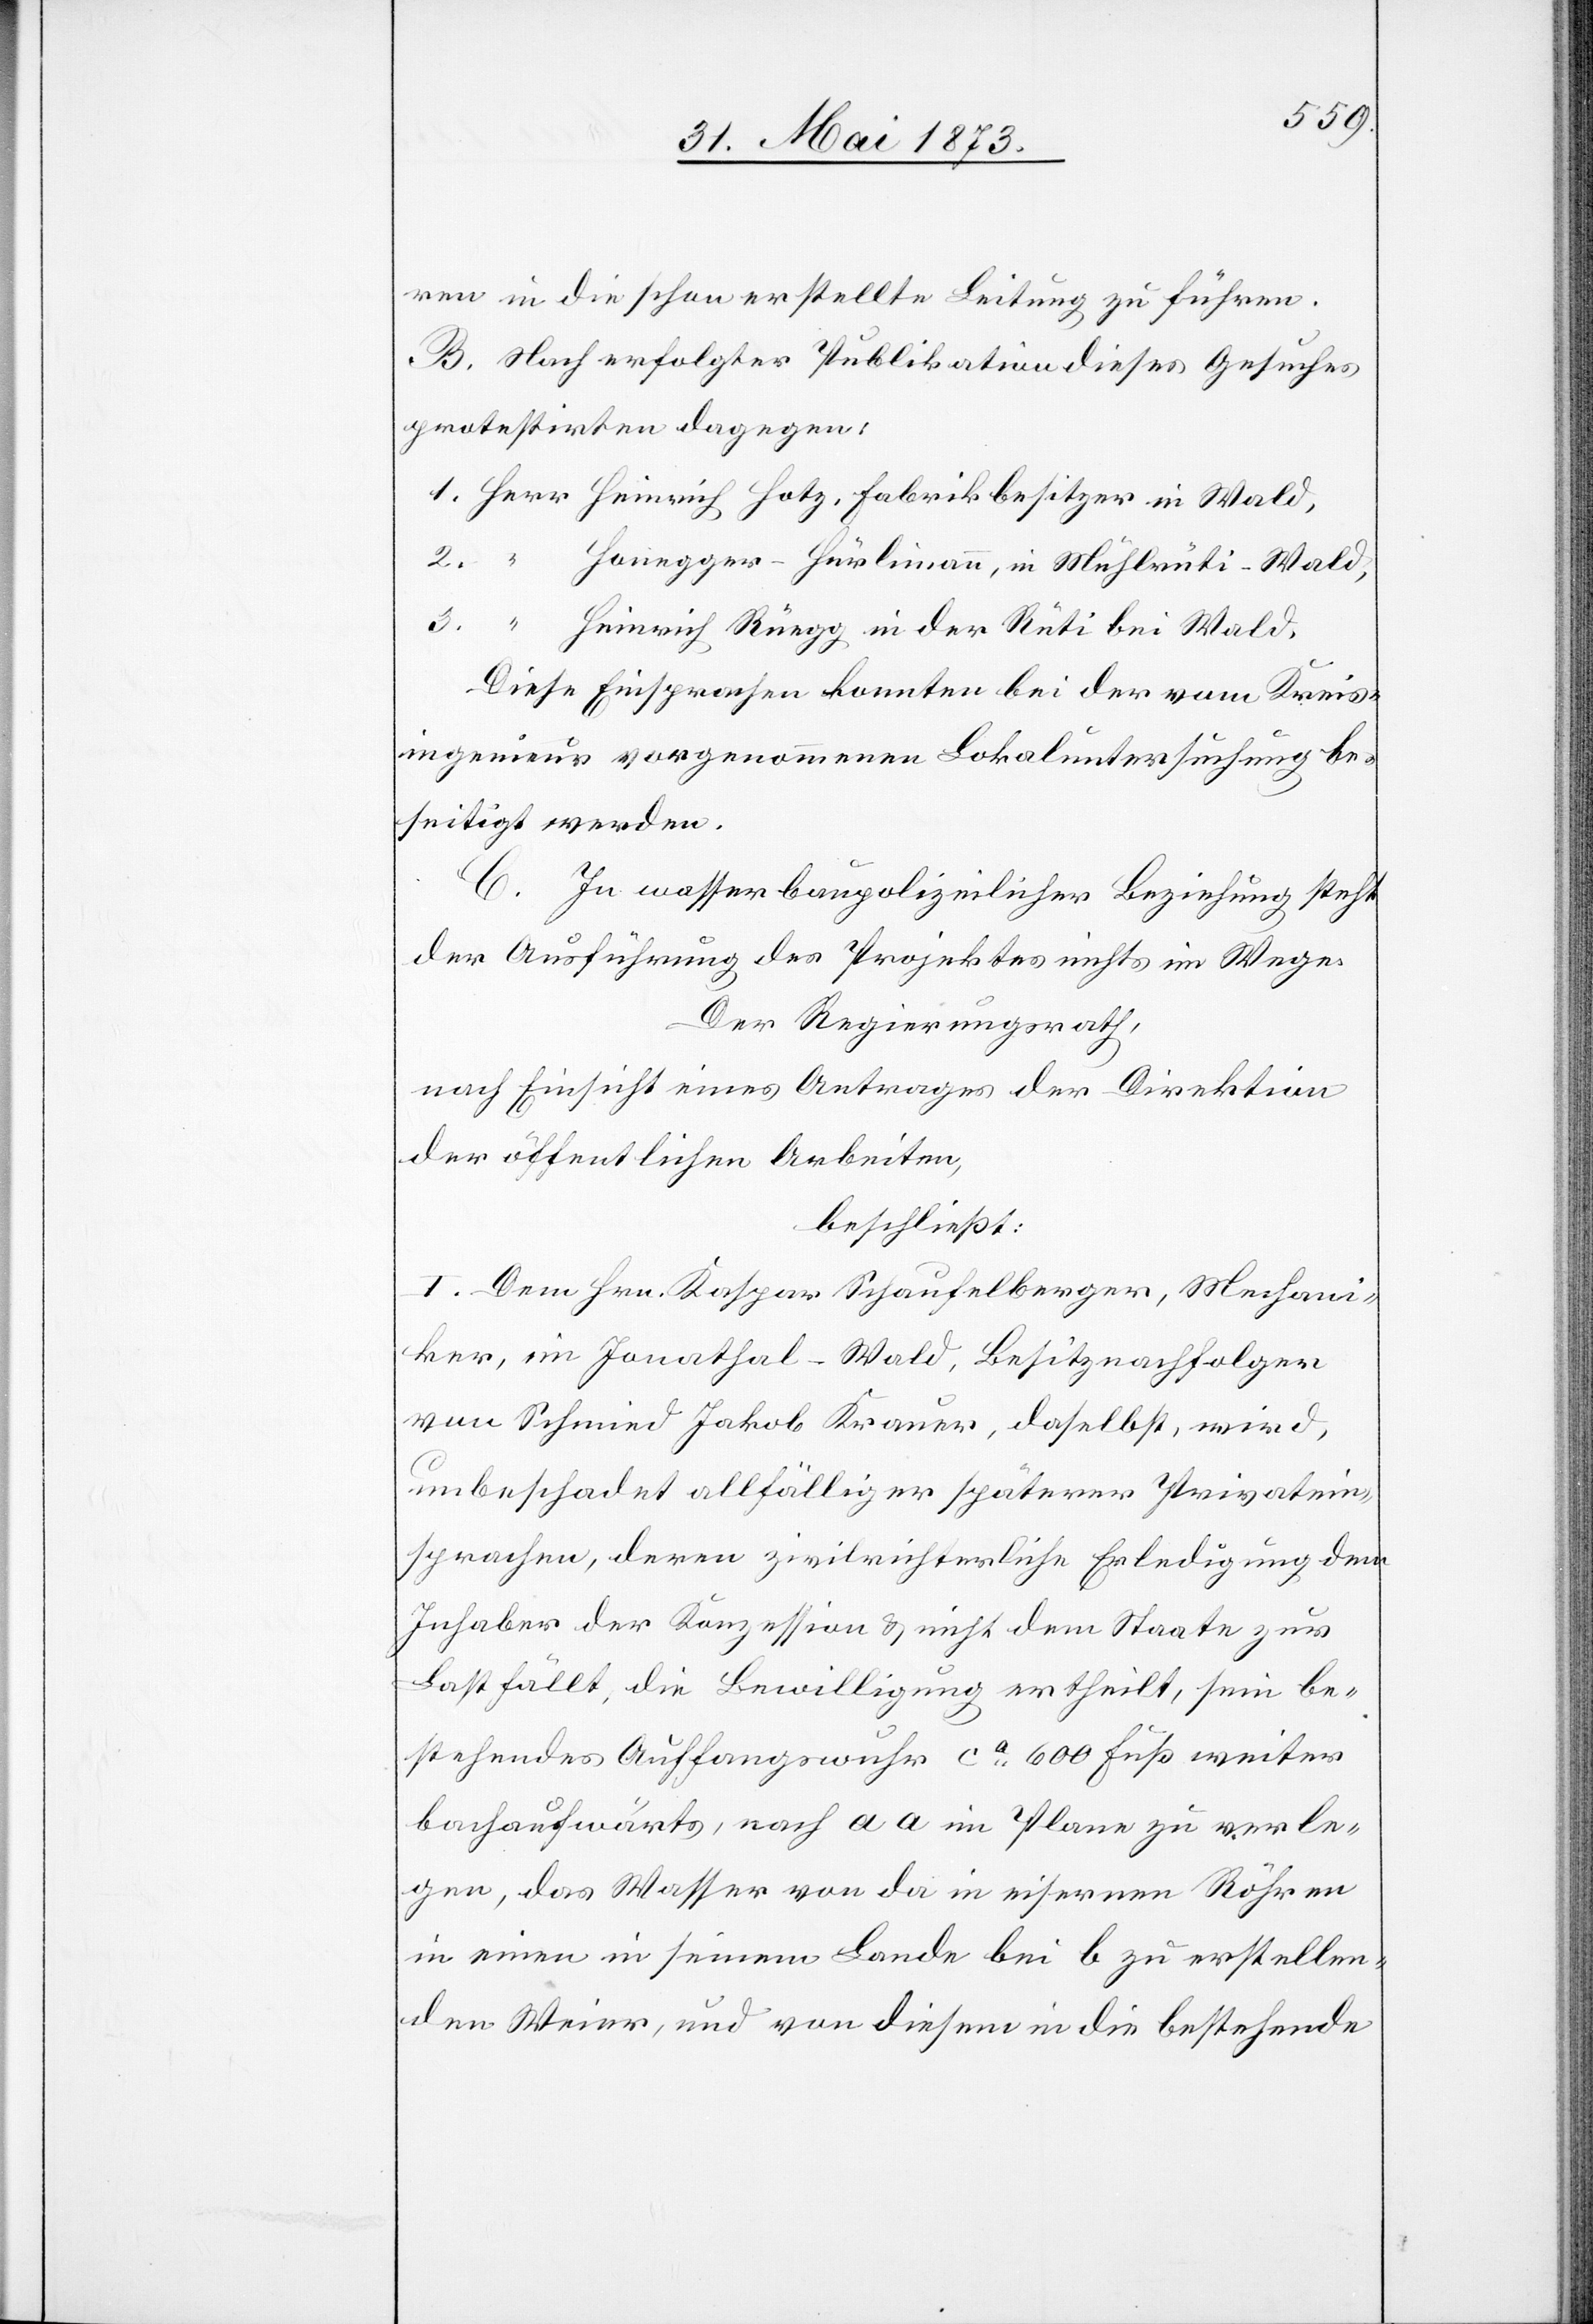
ren in die schon erstellte Leitung zu führen.
B. Nach erfolgter Publikation dieses Gesuches
protestirten dagegen:
1. Herr Heinrich Hotz, Fabrikbesitzer in Wald,
2. “ Honegger-Hürlimann, in Mühlrüti-Wald,
3. “ Heinrich Rüegg in der Rüti bei Wald.
Diese Einsprachen konnten bei der vom Kreis¬
ingenieur vorgenommenen Lokaluntersuchung be¬
seitigt werden.
C. In wasserbaupolizeilicher Beziehung steht
der Ausführung des Projektes nichts im Wege.
Der Regierungsrath,
nach Einsicht eines Antrages der Direktion
der öffentlichen Arbeiten,
beschließt:
I. Dem Hrn. Kaspar Schaufelberger, Mechani¬
ker, im Jonathal-Wald, Besitznachfolger
von Schmied Jakob Krauer, daselbst, wird,
unbeschadet allfälliger späterer Privatein¬
sprachen, deren zivilrichterliche Erledigung dem
Inhaber der Konzession & nicht dem Staate zur
Last fällt, die Bewilligung ertheilt, sein be¬
stehendes Auffangswuhr ca 600 Fuß weiter
bachaufwärts, nach a a im Plane zu verle¬
gen, das Wasser von da in eisernen Röhren
in einen in seinem Lande bei b zu erstellen¬
den Weier, und von diesem in die bestehende